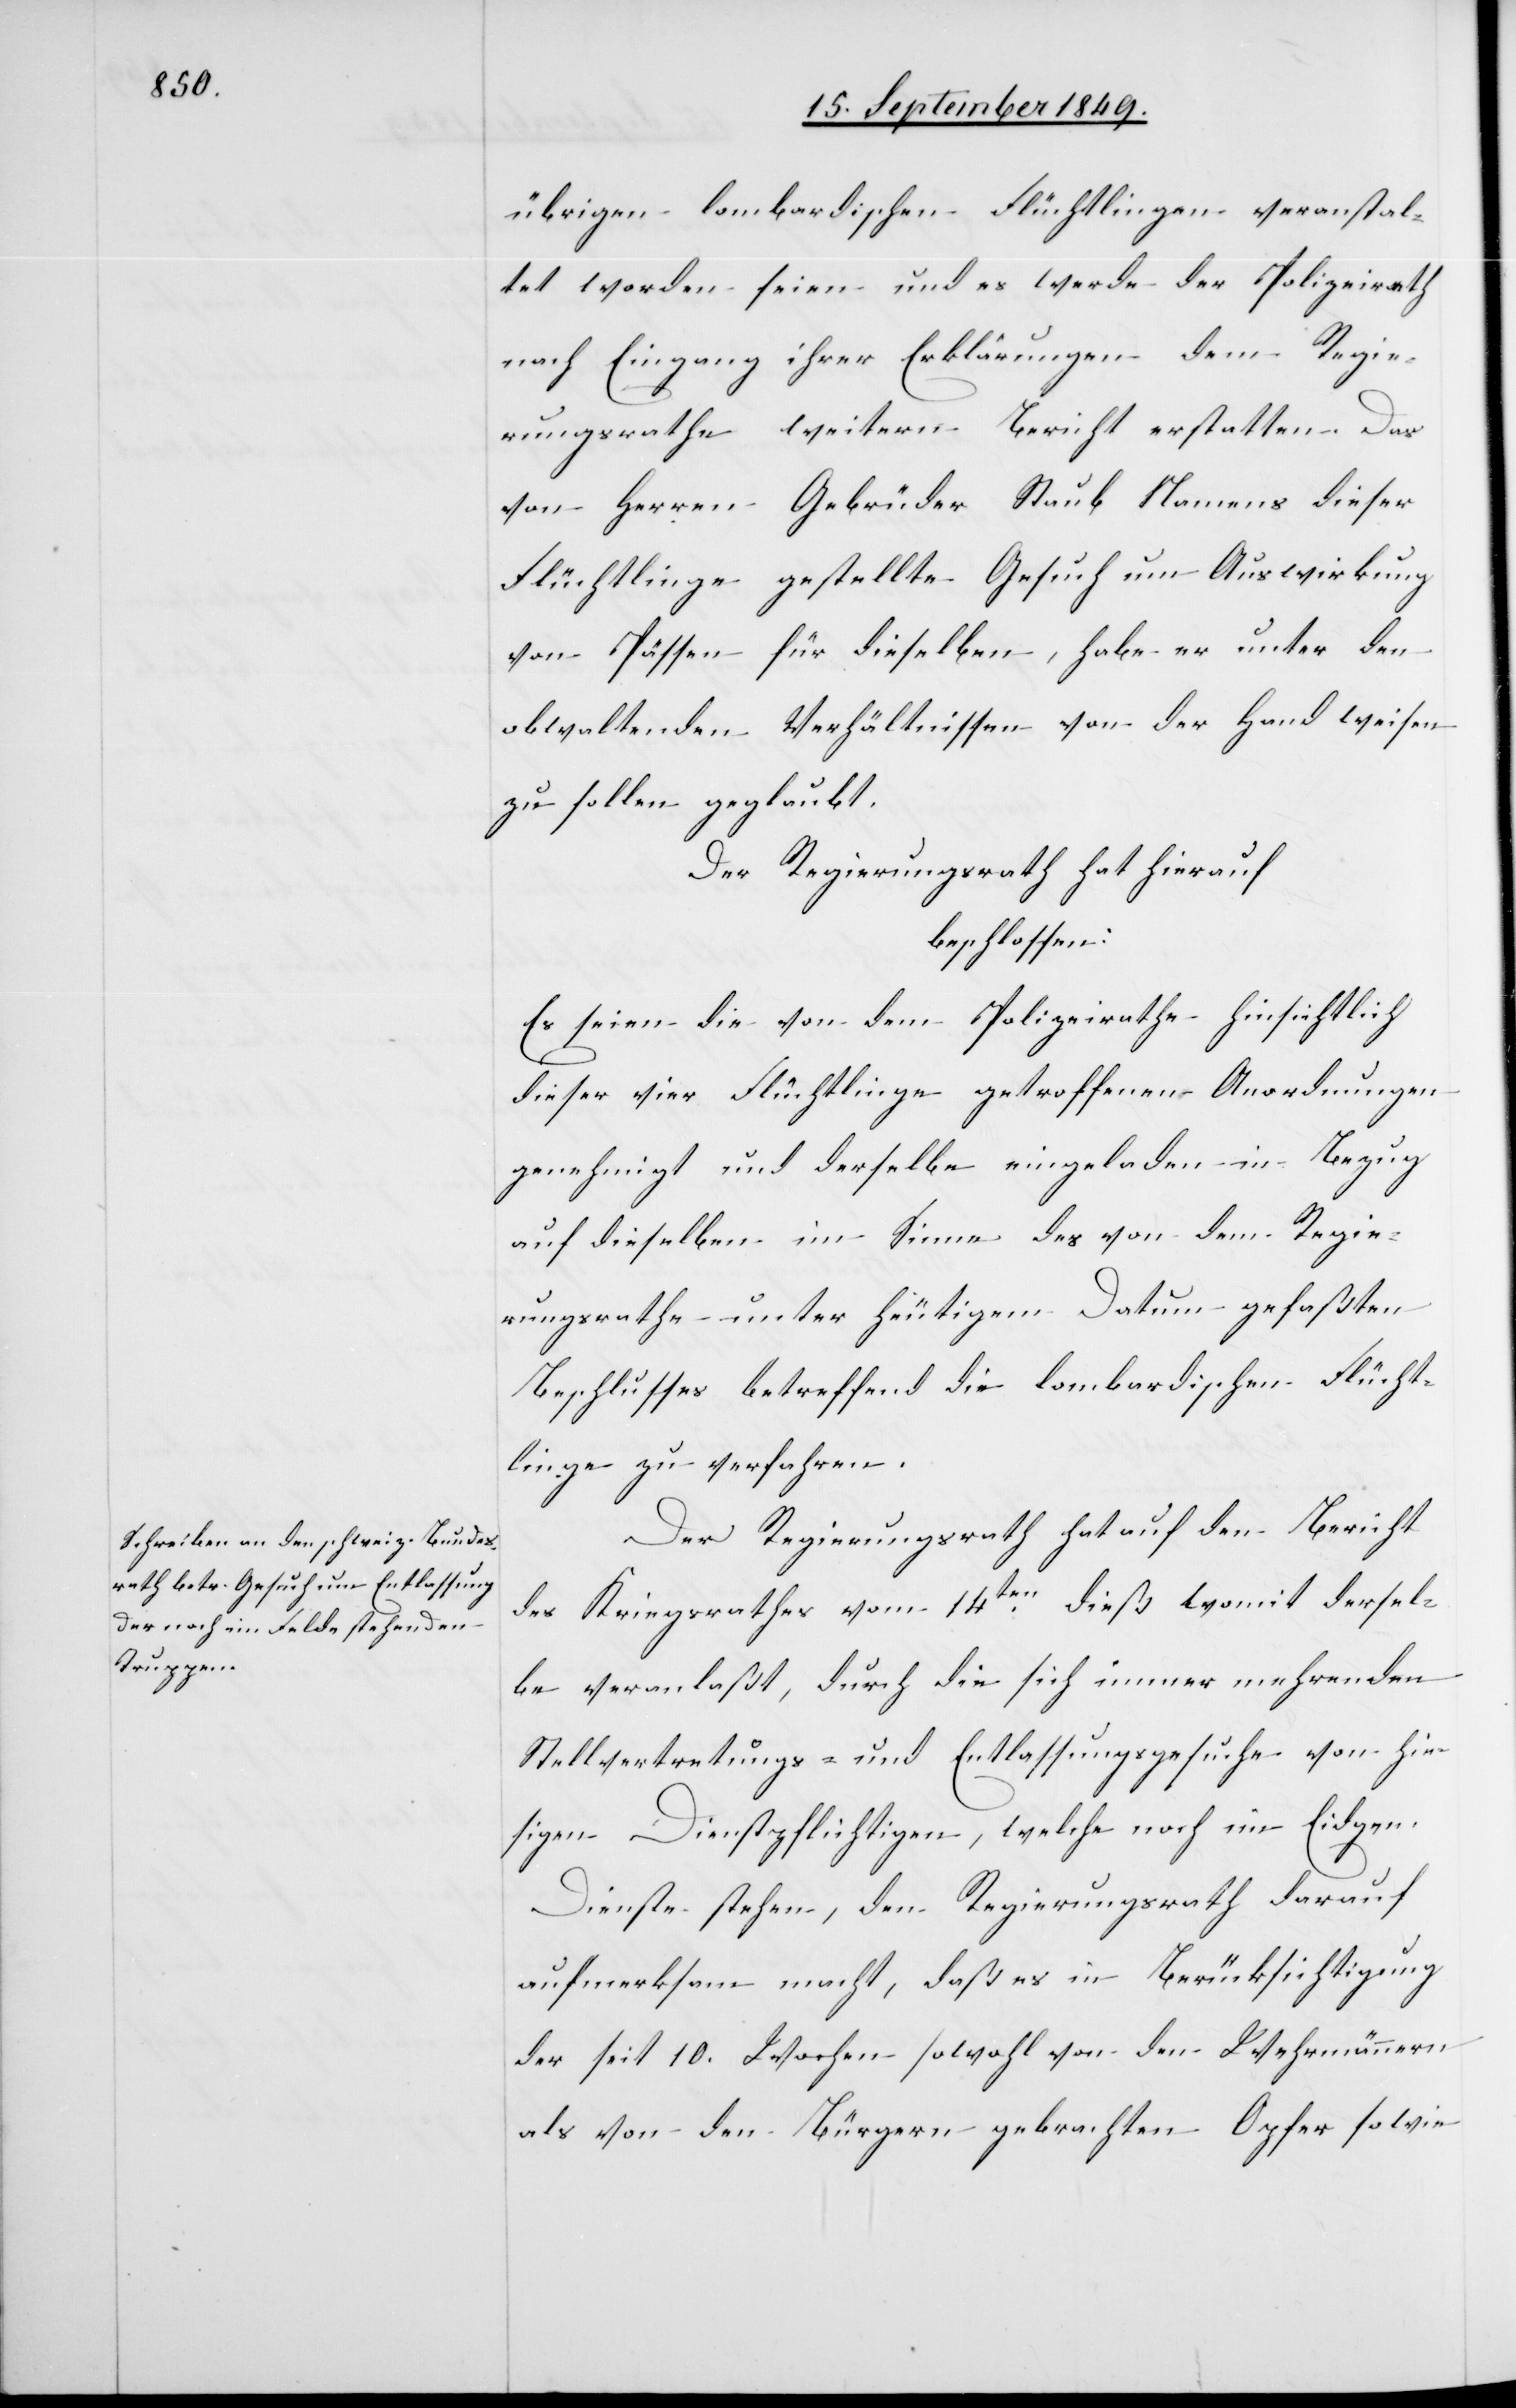
übrigen lombardischen Flüchtlingen veranstal¬
tet worden seien und es werde der Polizeirath
nach Eingang ihrer Erklärungen dem Regie¬
rungsrathe weitern Bericht erstatten. Das
von Herrn Gebrüder Staub Namens dieser
Flüchtlinge gestellte Gesuch um Auswirkung
von Pässen für dieselben, habe er unter den
obewaltenden Verhältnissen von der Hand weisen
zu sollen geglaubt.
Der Regierungsrath hat hierauf
beschlossen:
Es seien die von dem Polizeirathe hinsichtlich
dieser vier Flüchtlinge getroffenen Anordnungen
genehmigt und derselbe eingeladen in Bezug
auf dieselben im Sinne des von dem Regie¬
rungsrathe unter heutigem Datum gefaßten
Beschlusses betreffend die lombardischen Flücht¬
linge zu verfahren.
Der Regierungsrath hat auf den Bericht
des Kriegsrathes vom 14ten dieß womit dersel¬
be veranlaßt, durch die sich immer mehrenden
Stellvertretungs- und Entlassungsgesuche von hie¬
sigen Dienstpflichtigen, welche noch im Eidgen.
Dienste stehen, den Regierungsrath darauf
aufmerksam macht, daß es in Berücksichtigung
der seit 10. Wochen sowohl von den Wehrmännern
als von den Bürgern gebrachten Opfer sowie